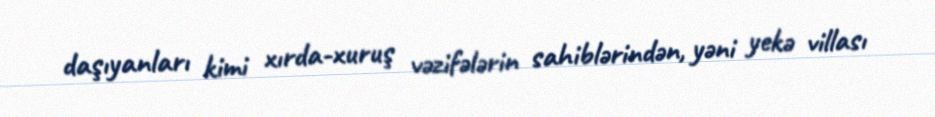
daşıyanları kimi xırda-xuruş vəzifələrin sahiblərindən, yəni yekə villası